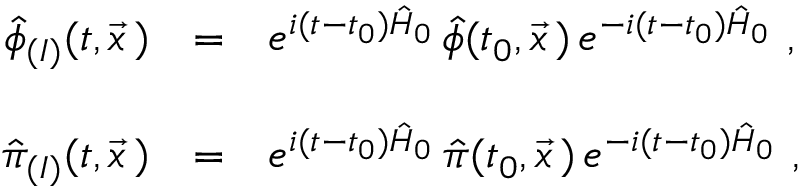
\begin{array} { r c l } { { \hat { \phi } _ { ( I ) } ( t , \vec { x } \, ) } } & { { = } } & { { e ^ { i ( t - t _ { 0 } ) \hat { H } _ { 0 } } \, \hat { \phi } ( t _ { 0 } , \vec { x } \, ) \, e ^ { - i ( t - t _ { 0 } ) \hat { H } _ { 0 } } \ , } } \\ { { } } & { { } } & { { } } \\ { { \hat { \pi } _ { ( I ) } ( t , \vec { x } \, ) } } & { { = } } & { { e ^ { i ( t - t _ { 0 } ) \hat { H } _ { 0 } } \, \hat { \pi } ( t _ { 0 } , \vec { x } \, ) \, e ^ { - i ( t - t _ { 0 } ) \hat { H } _ { 0 } } \ , } } \end{array}